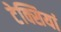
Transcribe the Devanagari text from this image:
टेक्सियां